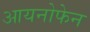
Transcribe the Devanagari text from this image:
आयनोफेन